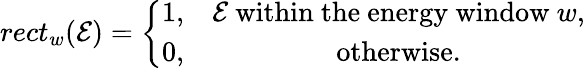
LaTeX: rect_{w}(\mathcal{E})=\left\{ \begin{array}{cc}{1,}&{{\mathcal{E}~\mathrm{within~the~energy~window}~w,}}\\ {0,}&{{\mathrm{otherwise}}.}\end{array}\right.